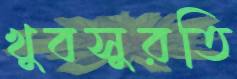
খুবসুরতি